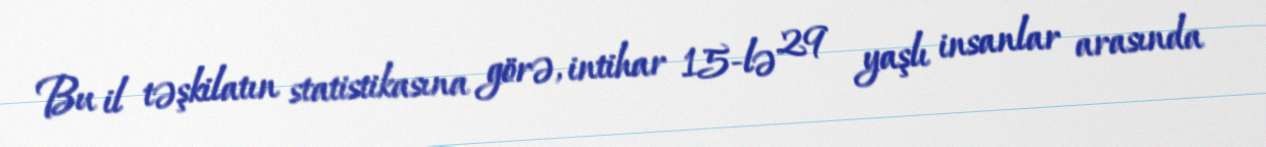
Bu il təşkilatın statistikasına görə, intihar 15-lə 29 yaşlı insanlar arasında